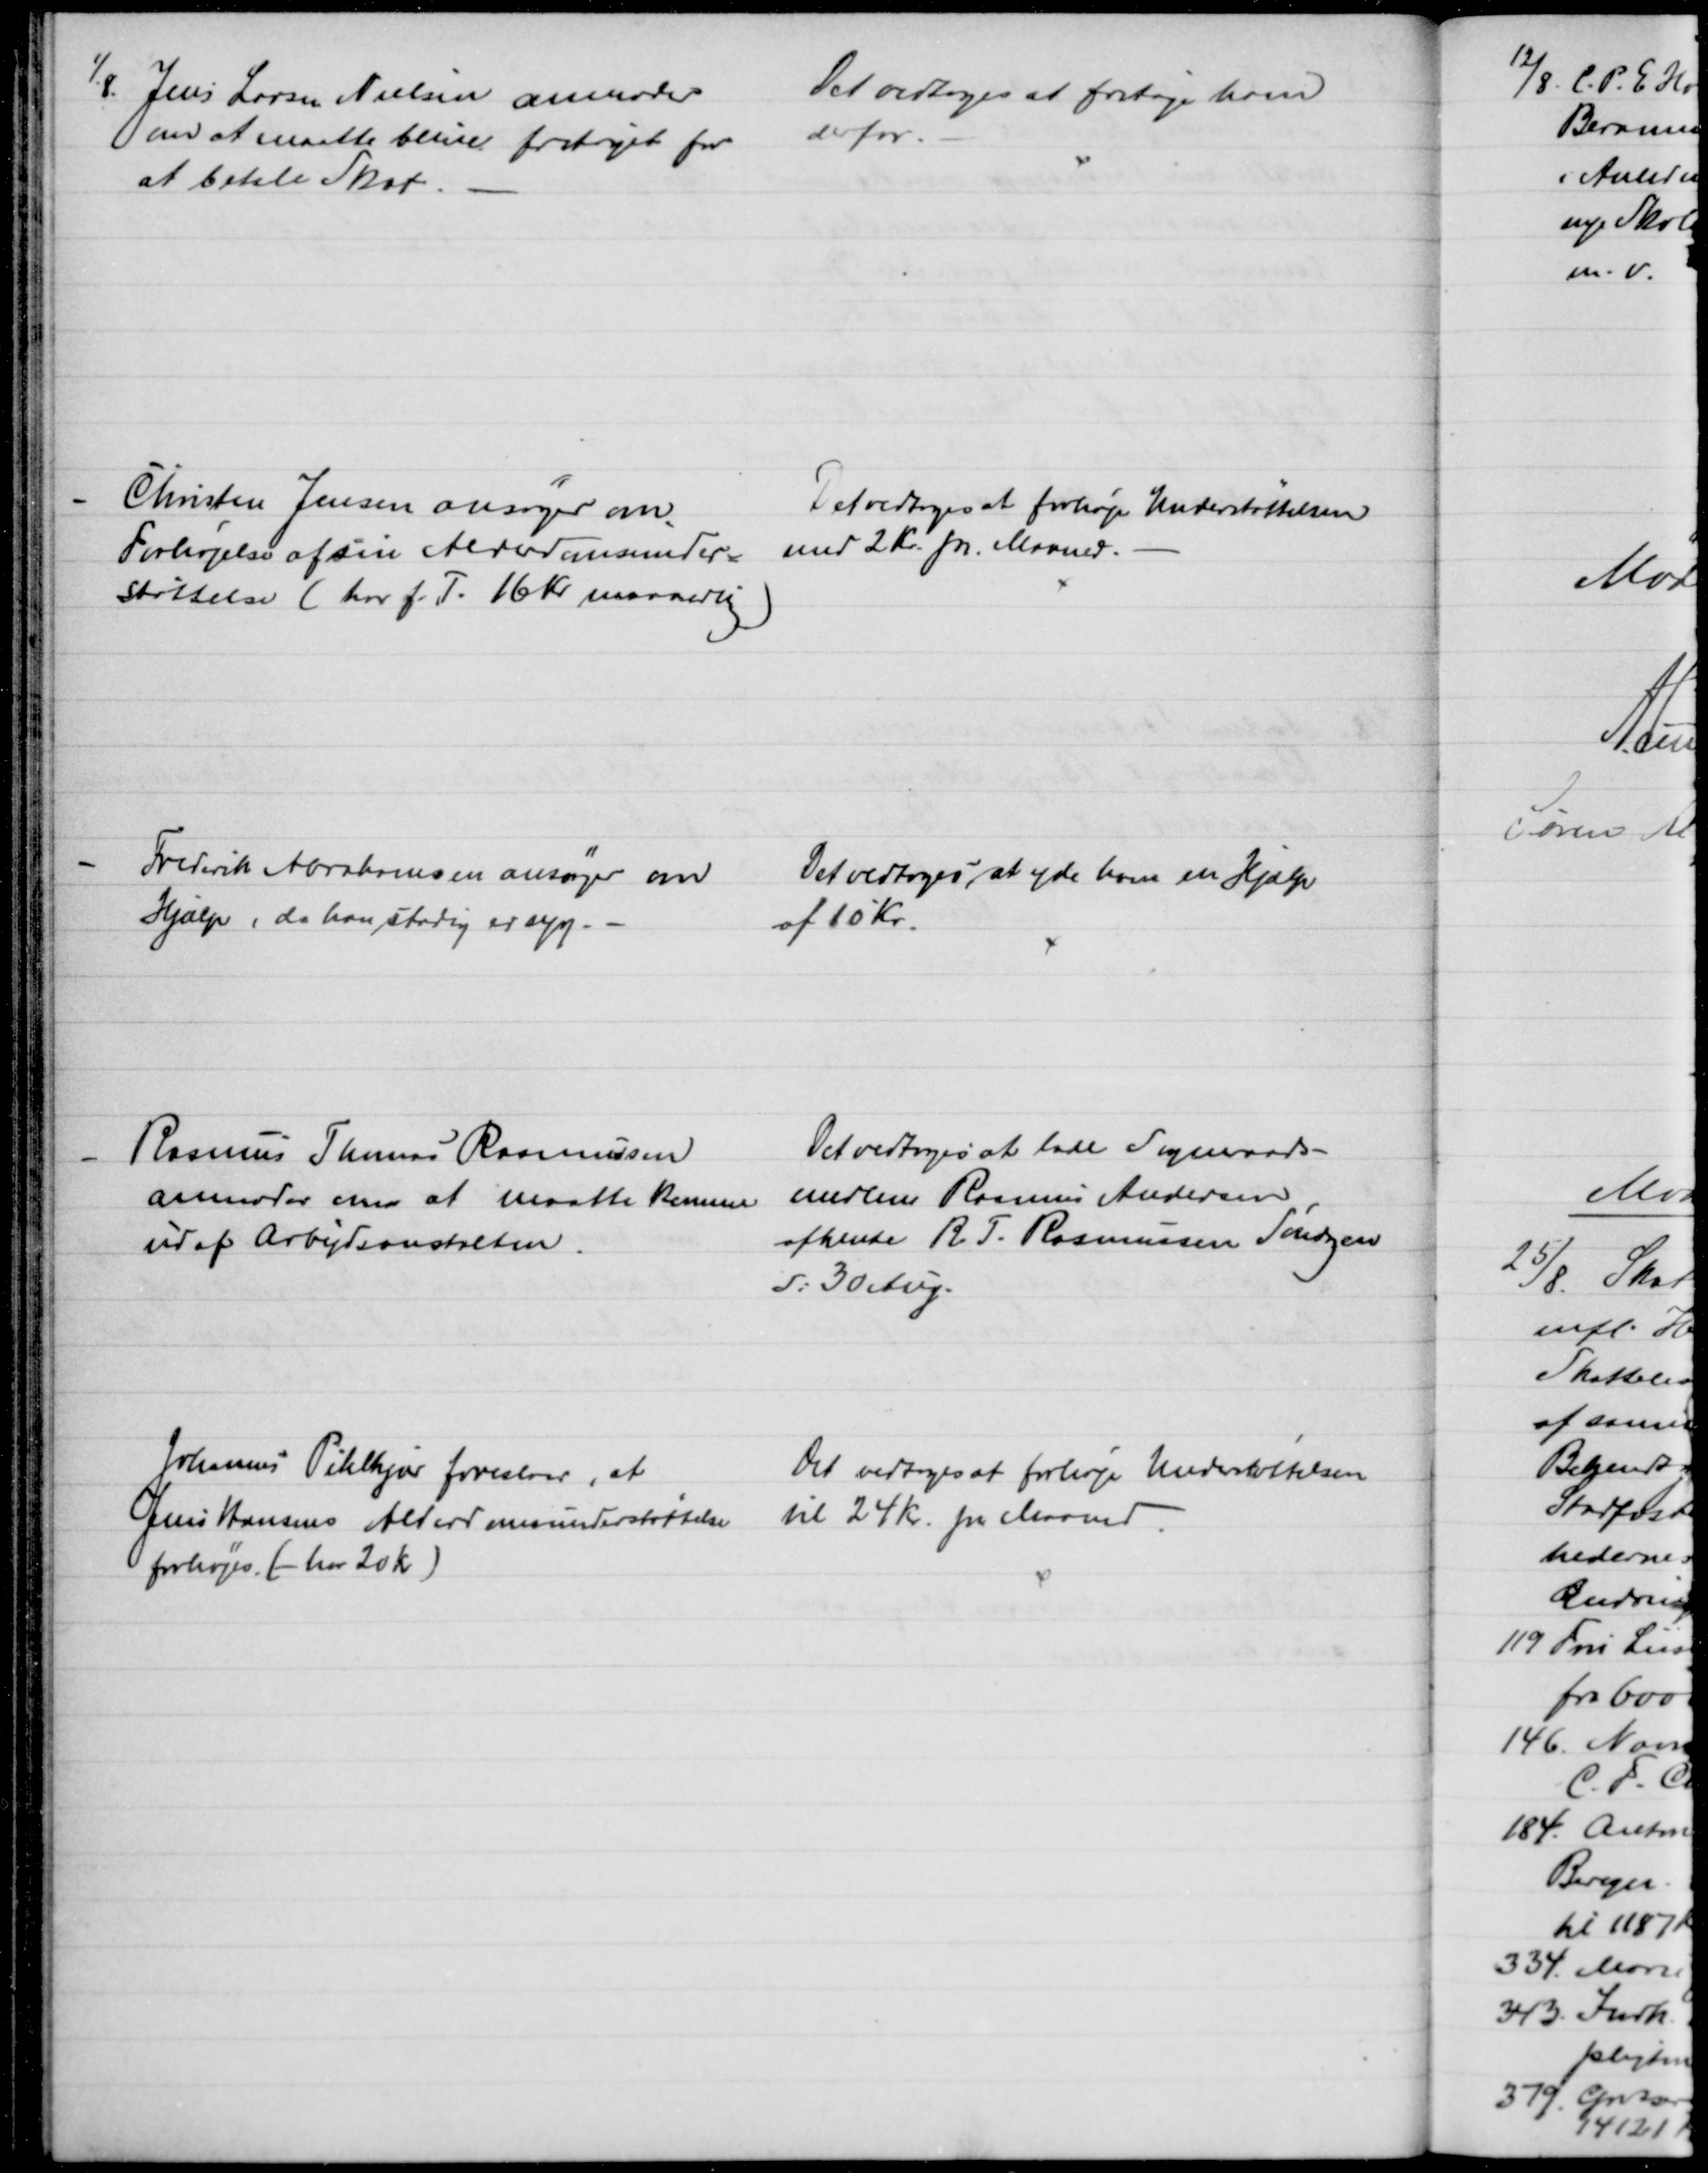
Transskription:
1/8. Jens Larsen Nielsen anmoder
om at maatte blive fritaget for 
at betale Skat.
Det vedtoges at fritage ham
derfor.
Christen Jensen ansøger om
Forhøjelse af sin Alderdomsunder=
støttelse ( har f. T. 16 Kr maanedlig)
Det vedtoges at forhøje Understøttelsen
med 2 Kr. pr. Maaned.
Frederik Abrahamsen ansøger om
Hjælp, da han stadig er syg
Det vedtoges at yde ham en Hjælp
af 10 Kr.
Rasmus Thomas Rasmussen
anmoder den at maatte komme
ud af Arbejdsanstalten.
Det vedtoges at lade Sogneraads-
medlem Rasmus Andersen
afhente R. T. Rasmussen Søndagen
d: 30 Aug.
Johannes Pihlkjær foreslaar, at
Jens Hansens Alderdomsunderstøttelse
forhøjes. (- har 20 Kr)
Det vedtoges at forhøje Understøttelsen
til 24 Kr. pr. Maaned